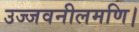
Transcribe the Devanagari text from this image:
उज्जवनीलमणि।